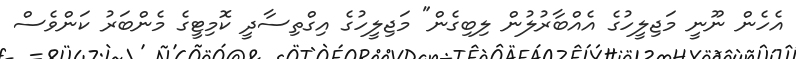
އެހެން ނޫނީ މަޖިލީހުގެ އެއްބާރުލުން ލިބިގެން" މަޖިލީހުގެ އިގްތިސާދީ ކޮމިޓީގެ މެންބަރު ކަންވެސް